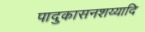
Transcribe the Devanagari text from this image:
पादुकासनशय्यादि